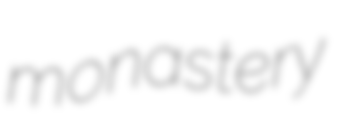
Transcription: monastery